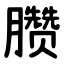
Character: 臜